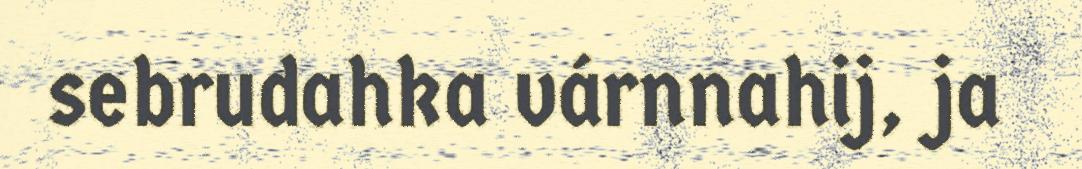
sebrudahka várnnahij, ja